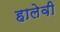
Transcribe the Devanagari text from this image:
हालेवी